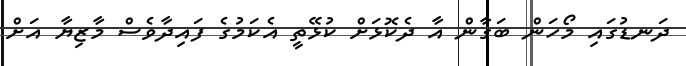
ދަނޑުގައި މޯހަން ބަގާން އާ ދެކޮޅަށް ކުޅޭތީ އެކަމުގެ ފައިދާވެސް މާޒިޔާ އަށް